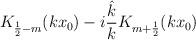
LaTeX: \begin{align*}K_{\frac 12-m}(kx_0)-i\frac{\hat k}{k}K_{m+\frac 12}(kx_0)\end{align*}